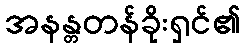
အနန္တတန်ခိုးရှင်၏